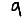
Digit: 9